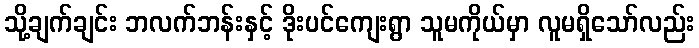
သို့ချက်ချင်း ဘလက်ဘန်းနှင့် ဒိုးပင်ကျေးရွာ သူမကိုယ်မှာ လူမရှိသော်လည်း